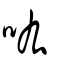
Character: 吰